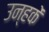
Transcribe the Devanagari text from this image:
उन्हकें